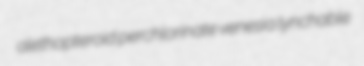
alethopteroid perchlorinate venesia lynchable